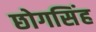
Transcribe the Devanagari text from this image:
छोगसिंह